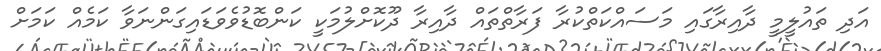
އަދި ތައުލީމީ ދާއިރާގައި މަސައްކަތްކުރާ ފަރާތްތައް ދާއިރާ ދޫކޮށްލުމަކީ ކަންބޮޑުވެވަޑައިގަންނަވާ ކަމެއް ކަމަށް